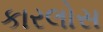
કારલોસ